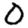
Digit: 0